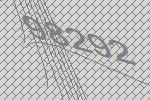
98292